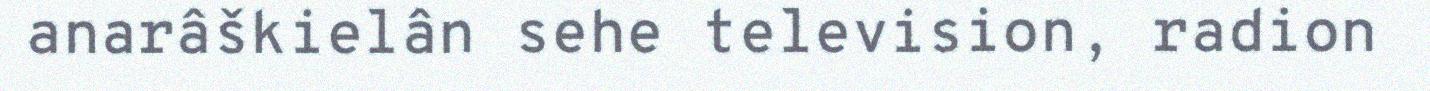
anarâškielân sehe television, radion